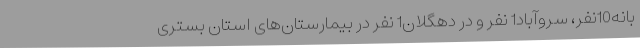
بانه10نفر، سروآباد1 نفر و در دهگلان1 نفر در بیمارستان‌های استان بستری